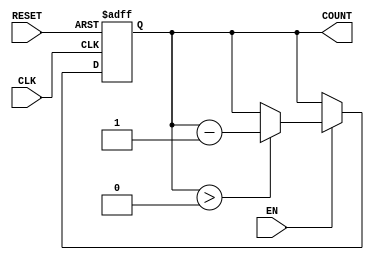
module decremental_counter (
    input wire CLK,          // Clock signal
    input wire RESET,        // Asynchronous reset signal
    input wire EN,          // Enable signal
    output reg [3:0] COUNT  // 4-bit counter output
);

// Parameter for initial value
parameter INITIAL_VALUE = 15; // Set the initial value (can be changed as needed)

// Asynchronous reset and counter logic
always @(posedge CLK or posedge RESET) begin
    if (RESET) begin
        COUNT <= INITIAL_VALUE; // Reset the counter to the initial value
    end else if (EN) begin
        if (COUNT > 0) begin
            COUNT <= COUNT - 1; // Decrement the counter if it's greater than zero
        end
        // If COUNT is already 0, it remains 0
    end
    // If EN is low, COUNT retains its current value
end

endmodule